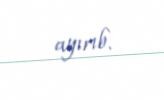
ayırıb.